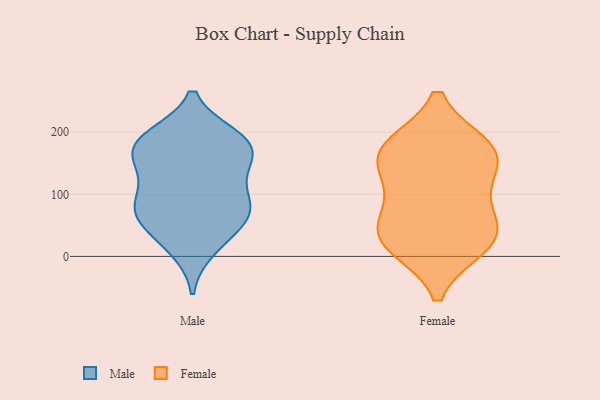
{"axis": {"x": "Energy Usage (MWh)", "y": "Value"}, "legend": ["Female", "Male"], "data": [{"x": "", "y": 185, "type": "Male"}, {"x": "", "y": 150, "type": "Male"}, {"x": "", "y": 185, "type": "Male"}, {"x": "", "y": 13, "type": "Male"}, {"x": "", "y": 186, "type": "Male"}, {"x": "", "y": 135, "type": "Male"}, {"x": "", "y": 89, "type": "Male"}, {"x": "", "y": 67, "type": "Male"}, {"x": "", "y": 149, "type": "Male"}, {"x": "", "y": 176, "type": "Male"}, {"x": "", "y": 96, "type": "Male"}, {"x": "", "y": 29, "type": "Male"}, {"x": "", "y": 69, "type": "Male"}, {"x": "", "y": 76, "type": "Male"}, {"x": "", "y": 192, "type": "Male"}, {"x": "", "y": 63, "type": "Male"}, {"x": "", "y": 176, "type": "Female"}, {"x": "", "y": 165, "type": "Female"}, {"x": "", "y": 37, "type": "Female"}, {"x": "", "y": 116, "type": "Female"}, {"x": "", "y": 174, "type": "Female"}, {"x": "", "y": 82, "type": "Female"}, {"x": "", "y": 159, "type": "Female"}, {"x": "", "y": 18, "type": "Female"}, {"x": "", "y": 36, "type": "Female"}, {"x": "", "y": 26, "type": "Female"}]}